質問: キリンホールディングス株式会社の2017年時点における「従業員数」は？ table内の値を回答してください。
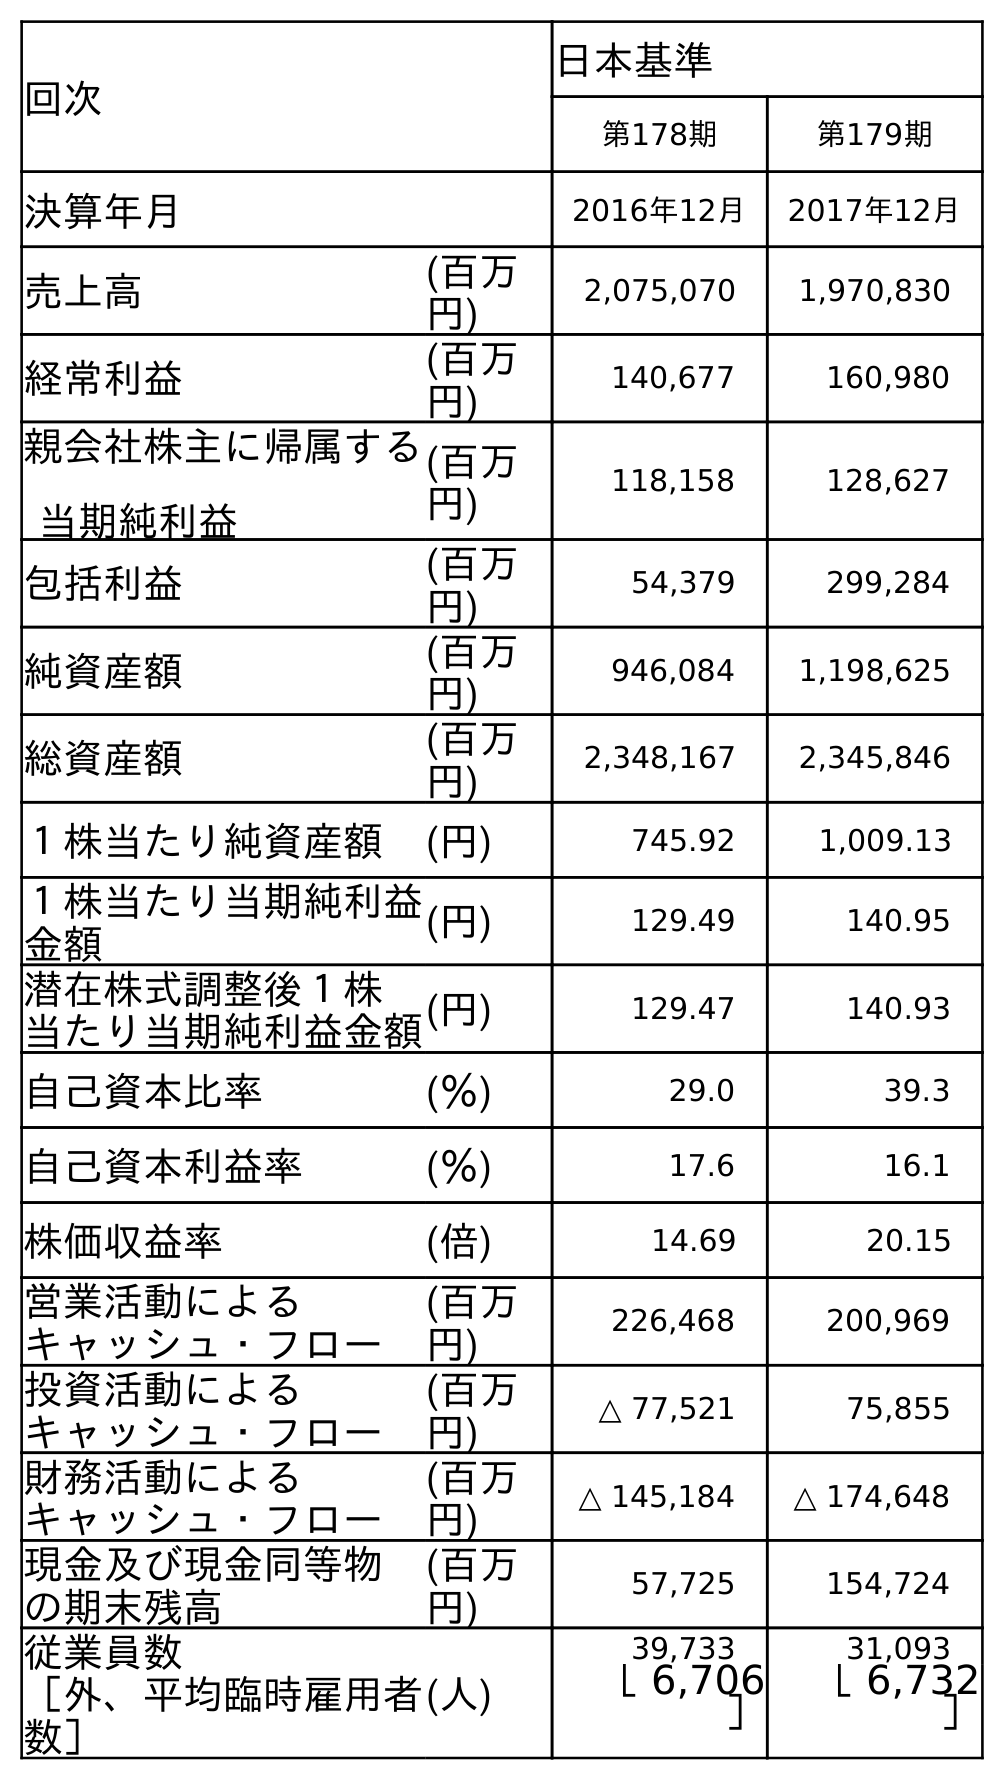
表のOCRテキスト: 回次 日本基準 第178期 第179期 決算年月 2016年12月 2017年12月 売上高 (百万 円) 2,075,070 1,970,830 経常利益 (百万 円) 140,677 160,980 親会社株主に帰属する 当期純利益 (百万 円) 118,158 128,627 包括利益 (百万 円) 54,379 299,284 純資産額 (百万 円) 946,084 1,198,625 総資産額 (百万 円) 2,348,167 2,345,846 １株当たり純資産額 (円) 745.92 1,009.13 １株当たり当期純利益 金額 (円) 129.49 140.95 潜在株式調整後１株 当たり当期純利益金額(円) 129.47 140.93 自己資本比率 (％) 29.0 39.3 自己資本利益率 (％) 17.6 16.1 株価収益率 (倍) 14.69 20.15 営業活動による キャッシュ・フロー (百万 円) 226,468 200,969 投資活動による キャッシュ・フロー (百万 円) △ 77,521 75,855 財務活動による キャッシュ・フロー (百万 円) △ 145,184 △ 174,648 現金及び現金同等物 の期末残高 (百万 円) 57,725 154,724 従業員数 ［外、平均臨時雇用者 数］ (人) 39,733 31,093 ［ 6,706 ］ ［ 6,732 ］
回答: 31,093